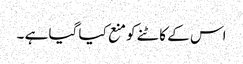
اس کے کاٹنے کو منع کیا گیا ہے ۔